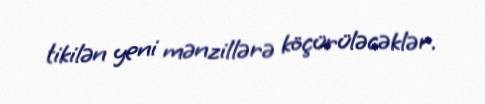
tikilən yeni mənzillərə köçürüləcəklər.